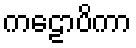
ကဠောပိကာ